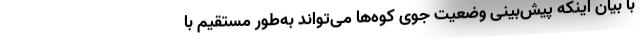
با بیان اینکه پیش‌بینی وضعیت جوی کوه‌ها می‌تواند به‌طور مستقیم با